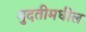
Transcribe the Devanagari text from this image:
मुदतीमधील